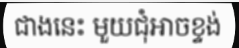
ជាងនេះ មួយជុំអាចខ្ទង់